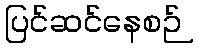
ပြင်ဆင်နေစဉ်